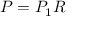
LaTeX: \textstyle P = P _ { 1 } R